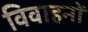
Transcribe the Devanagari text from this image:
विवाहनों